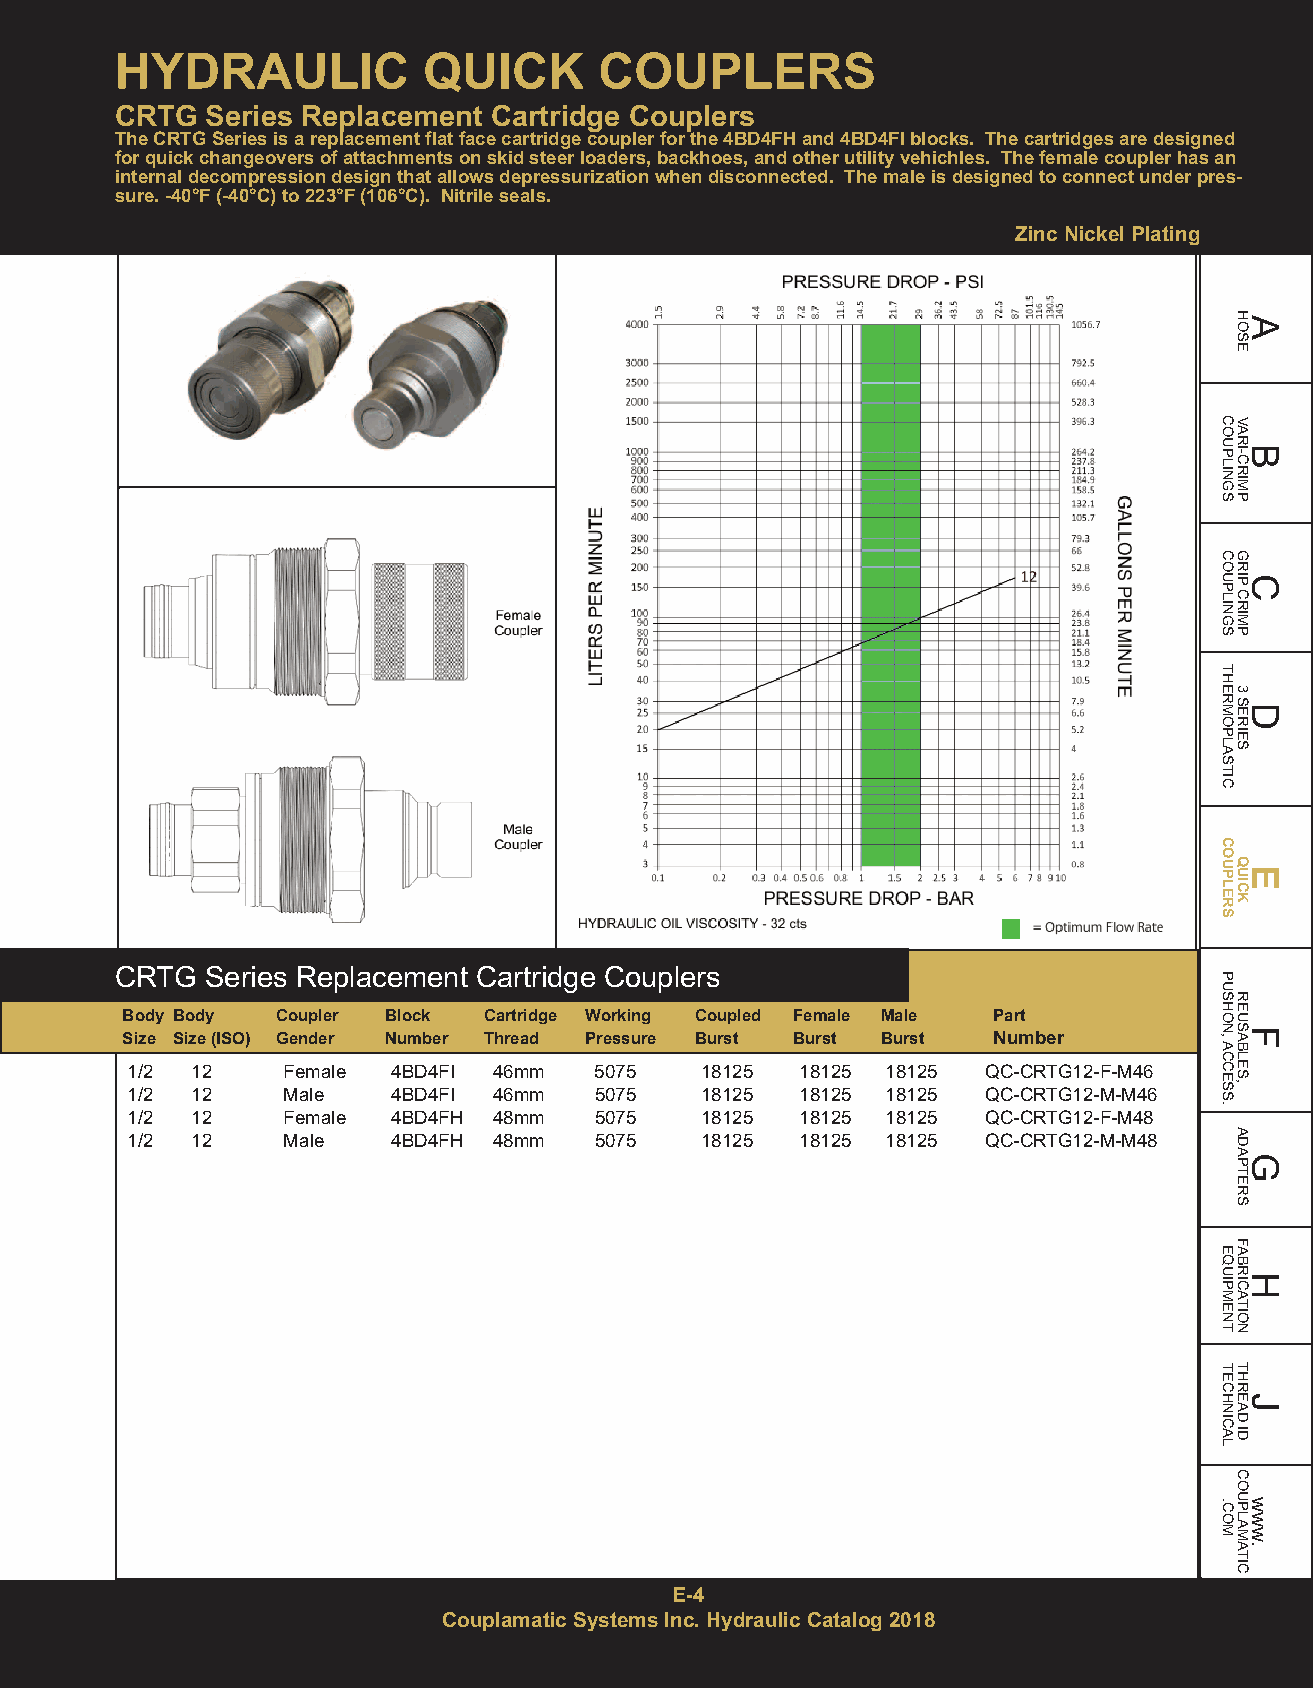
HYDRAULIC           QUICK       COUPLERS
 CRTG  Series Replacement Cartridge Couplers
 The CRTG Series is a replacement flat face cartridge coupler for the 4BD4FH and 4BD4FI blocks. The cartridges are designed
 for quick changeovers of attachments on skid steer loaders, backhoes, and other utility vehichles. The female coupler has an
 internal decompression design that allows depressurization when disconnected. The male is designed to connect under pres-
 sure. -40°F (-40°C) to 223°F (106°C). Nitrile seals.
 Zinc Nickel Plating
 CRTG  Series Replacement Cartridge Couplers
 Body Body Coupler Block Cartridge Working Coupled Female Male Part
 Size Size (ISO) Gender Number Thread Pressure Burst Burst Burst Number
 1/2  12    Female 4BD4FI 46mm  5075   18125  18125 18125 QC-CRTG12-F-M46
 1/2  12    Male   4BD4FI 46mm  5075   18125  18125 18125 QC-CRTG12-M-M46
 1/2  12    Female 4BD4FH 48mm  5075   18125  18125 18125 QC-CRTG12-F-M48
 1/2  12    Male   4BD4FH 48mm  5075   18125  18125 18125 QC-CRTG12-M-M48
 E-4
 Couplamatic Systems Inc. Hydraulic Catalog 2018
 COUPLINGS
 COUPLINGS
 THERMOPLASTIC
 COUPLERS
 PUSHON,ACCESS.
 EQUIPMENT
 TECHNICAL
 .COM
 HAOSE
 VARBI-CRIMP
 GRICP
 CRIMP
 3
 SDERIES
 QEUICK
 REUSFABLES,
 ADAGPTERS
 FABRHICATION
 THREJAD
 ID
 COUPLAMATIC
 www.